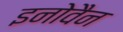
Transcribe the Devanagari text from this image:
इनोवैन